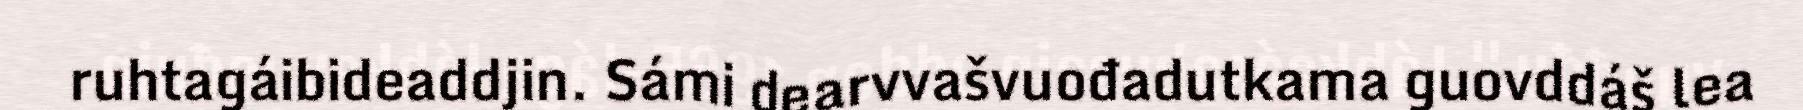
ruhtagáibideaddjin. Sámi dearvvašvuođadutkama guovddáš lea